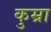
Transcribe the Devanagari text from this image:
कुम्रा